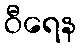
ဝီရေန